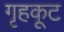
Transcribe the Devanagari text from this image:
गृहकूट